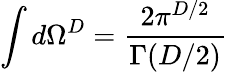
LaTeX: \int d\Omega^{D}=\frac{2\pi^{D/2}}{\Gamma(D/2)}